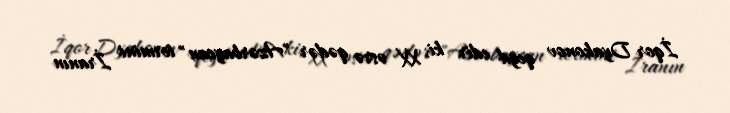
İqor Dyakonov qeyd edir ki, XX əsrə qədər "Azərbaycan" termini İranın